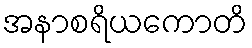
အနာစရိယကောတိ